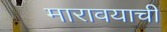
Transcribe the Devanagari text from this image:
मारावयाची